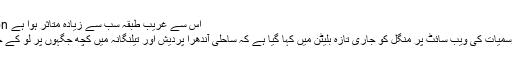
Image caption اس سے غریب طبقہ سب سے زیادہ متاثر ہوا ہے
بھارتی محکمہ موسمیات کی ویب سائٹ پر منگل کو جاری تازہ بلیٹن میں کہا گیا ہے کہ ساحلی آندھرا پردیش اور تیلنگانہ میں کچھ جگہوں پر لو کے حالات برقرار ہیں۔